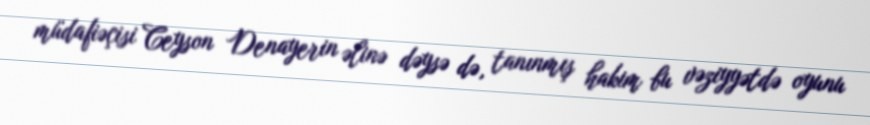
müdafiəçisi Ceyson Denayerin əlinə dəysə də, tanınmış hakim bu vəziyyətdə oyunu